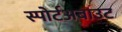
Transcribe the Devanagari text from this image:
स्पोर्टअबाउट